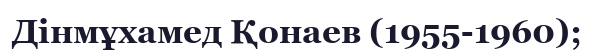
Дінмұхамед Қонаев (1955-1960);